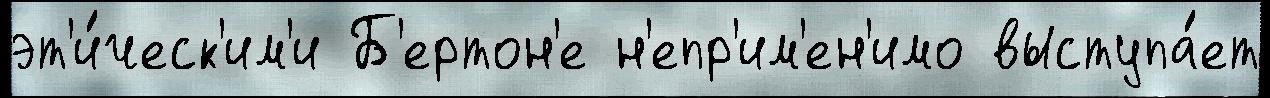
эт'и́ческ'им'и Б'ертон'е н'епр'им'ен'имо выступа́ет